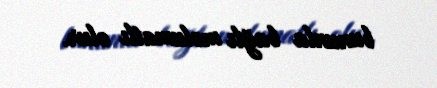
bununla bağlı məlumatlı olur.